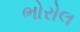
ભોરોલ